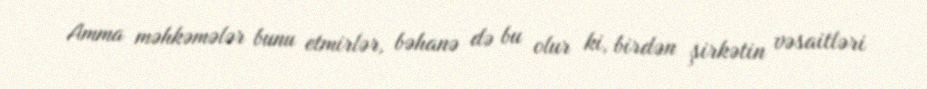
Amma məhkəmələr bunu etmirlər, bəhanə də bu olur ki, birdən şirkətin vəsaitləri